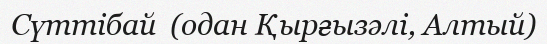
Сүттібай  (одан Қырғызәлі, Алтый)